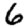
Digit: 6